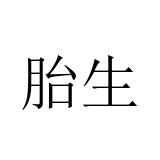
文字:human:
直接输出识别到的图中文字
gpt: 胎生